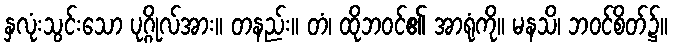
နှလုံးသွင်းသော ပုဂ္ဂိုလ်အား။ တနည်း။ တံ၊ ထိုဘဝင်၏ အာရုံကို။ မနသိ၊ ဘဝင်စိတ်၌။